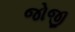
જોજી